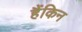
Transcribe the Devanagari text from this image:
हैंकिन